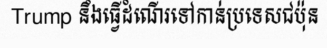
Trump នឹងធ្វើដំណើរទៅកាន់ប្រទេសជប៉ុន